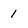
Character: 1